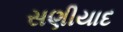
સણીયાદ